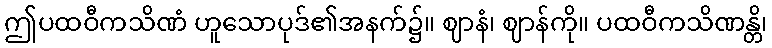
ဤပထဝီကသိဏံ ဟူသောပုဒ်၏အနက်၌။ ဈာနံ၊ ဈာန်ကို။ ပထဝီကသိဏန္တိ၊